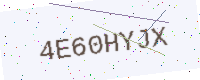
Text: 4E60HYJX